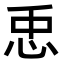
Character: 𢘗